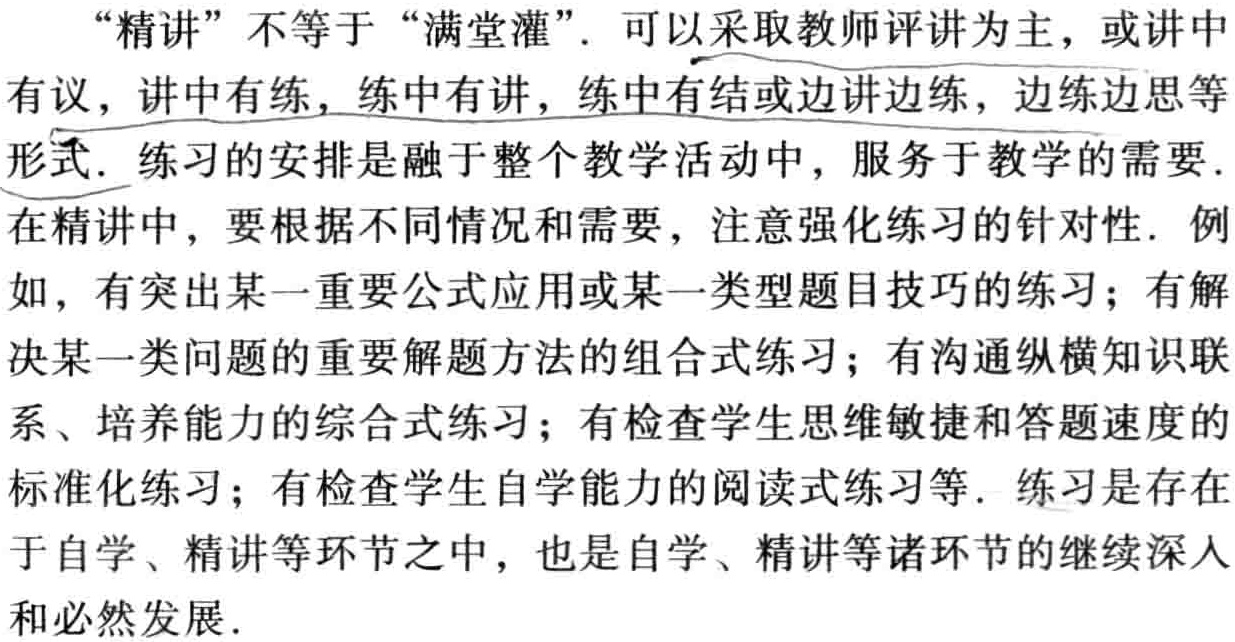
“精讲”不等于“满堂灌”. 可以采取教师评讲为主，或讲中有议，讲中有练，练中有讲，练中有结或边讲边练，边练边思等形式. 练习的安排是融于整个教学活动中，服务于教学的需要. 在精讲中，要根据不同情况和需要，注意强化练习的针对性. 例如，有突出某一重要公式应用或某一类型题目技巧的练习；有解决某一类问题的重要解题方法的组合式练习；有沟通纵横知识联系、培养能力的综合式练习；有检查学生思维敏捷和答题速度的标准化练习；有检查学生自学能力的阅读式练习等. 练习是存在于自学、精讲等环节之中，也是自学、精讲等诸环节的继续深入和必然发展.